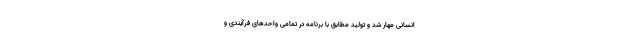
انسانی مهار شد و تولید مطابق با برنامه در تمامی واحدهای فرآیندی و